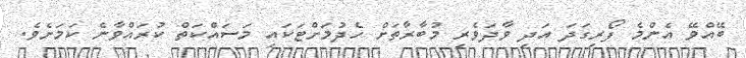
ބޭއްވޭ އެންމެ ފޯރިގަދަ އަދި ވާދަވެރި މުބާރާތަށް ހެދުމަށްޓަކައި މަސައްކަތް ކުރައްވާނެ ކަމަށެވެ.